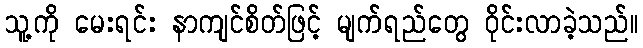
သူ့ကို မေးရင်း နာကျင်စိတ်ဖြင့် မျက်ရည်တွေ ဝိုင်းလာခဲ့သည်။